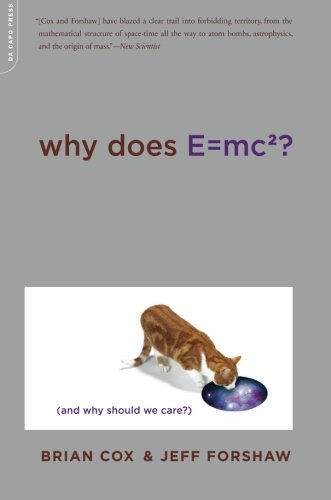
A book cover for Why Does E=mc2? (And Why Should We Care?); Brian Cox; Science & Math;